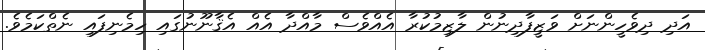
އަދި ދިވެހީންނަށް ވަޒީފާދިނުން ލާޒިމުކުރާ އެއްވެސް މާއްދާ އެއް އެޤާނޫނުގައި ހިމެނިފައި ނެތްކަމެވެ.